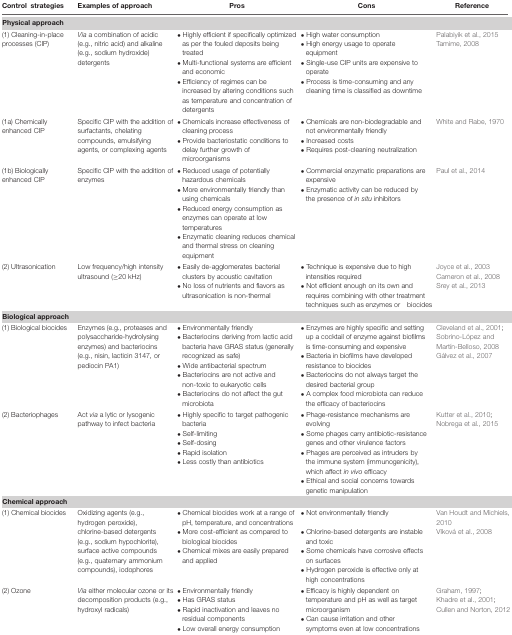
<table><thead><tr><td><b>Control strategies</b></td><td><b>Examples of approach</b></td><td><b>Pros</b></td><td><b>Cons</b></td><td><b>Reference</b></td></tr></thead><tbody><tr><td colspan="5"><b>Physical approach</b></td></tr><tr><td>(1) Cleaning-in-place processes (CIP)</td><td><i>Via</i> a combination of acidic (e.g., nitric acid) and alkaline (e.g., sodium hydroxide) detergents</td><td>• Highly efficient if specifically optimized as per the fouled deposits being treated• Multi-functional systems are efficient and economic• Efficiency of regimes can be increased by altering conditions such as temperature and concentration of detergents</td><td>• High water consumption• High energy usage to operate equipment• Single-use CIP units are expensive to operate• Process is time-consuming and any cleaning time is classified as downtime</td><td>Palabiyik et al., 2015Tamime, 2008</td></tr><tr><td>(1a) Chemically enhanced CIP</td><td>Specific CIP with the addition of surfactants, chelating compounds, emulsifying agents, or complexing agents</td><td>• Chemicals increase effectiveness of cleaning process• Provide bacteriostatic conditions to delay further growth of microorganisms</td><td>• Chemicals are non-biodegradable and not environmentally friendly• Increased costs• Requires post-cleaning neutralization</td><td>White and Rabe, 1970</td></tr><tr><td>(1b) Biologically enhanced CIP</td><td>Specific CIP with the addition of enzymes</td><td>• Reduced usage of potentially hazardous chemicals• More environmentally friendly than using chemicals• Reduced energy consumption as enzymes can operate at low temperatures• Enzymatic cleaning reduces chemical and thermal stress on cleaning equipment</td><td>• Commercial enzymatic preparations are expensive• Enzymatic activity can be reduced by the presence of <i>in situ</i> inhibitors</td><td>Paul et al., 2014</td></tr><tr><td>(2) Ultrasonication</td><td>Low frequency/high intensity ultrasound (≥20 kHz)</td><td>• Easily de-agglomerates bacterial clusters by acoustic cavitation• No loss of nutrients and flavors as ultrasonication is non-thermal</td><td>• Technique is expensive due to high intensities required• Not efficient enough on its own and requires combining with other treatment techniques such as enzymes or biocides</td><td>Joyce et al., 2003Cameron et al., 2008Srey et al., 2013</td></tr><tr><td colspan="5"><b>Biological approach</b></td></tr><tr><td>(1) Biological biocides</td><td>Enzymes (e.g., proteases and polysaccharide-hydrolysing enzymes) and bacteriocins (e.g., nisin, lacticin 3147, or pediocin PA1)</td><td>• Environmentally friendly• Bacteriocins deriving from lactic acid bacteria have GRAS status (generally recognized as safe)• Wide antibacterial spectrum• Bacteriocins are not active and non-toxic to eukaryotic cells• Bacteriocins do not affect the gut microbiota</td><td>• Enzymes are highly specific and setting up a cocktail of enzyme against biofilms is time-consuming and expensive• Bacteria in biofilms have developed resistance to biocides• Bacteriocins do not always target the desired bacterial group• A complex food microbiota can reduce the efficacy of bacteriocins</td><td>Cleveland et al., 2001; Sobrino-López and Martín-Belloso, 2008Gálvez et al., 2007</td></tr><tr><td>(2) Bacteriophages</td><td>Act <i>via</i> a lytic or lysogenic pathway to infect bacteria</td><td>• Highly specific to target pathogenic bacteria• Self-limiting• Self-dosing• Rapid isolation• Less costly than antibiotics</td><td>• Phage-resistance mechanisms are evolving• Some phages carry antibiotic-resistance genes and other virulence factors• Phages are perceived as intruders by the immune system (immunogenicity), which affect <i>in vivo</i> efficacy • Ethical and social concerns towards genetic manipulation</td><td>Kutter et al., 2010;Nobrega et al., 2015</td></tr><tr><td colspan="5"><b>Chemical approach</b></td></tr><tr><td>(1) Chemical biocides</td><td>Oxidizing agents (e.g., hydrogen peroxide), chlorine-based detergents (e.g., sodium hypochlorite), surface active compounds (e.g., quaternary ammonium compounds), iodophores</td><td>• Chemical biocides work at a range of pH, temperature, and concentrations• More cost-efficient as compared to biological biocides• Chemical mixes are easily prepared and applied</td><td>• Not environmentally friendly• Chlorine-based detergents are instable and toxic• Some chemicals have corrosive effects on surfaces• Hydrogen peroxide is effective only at high concentrations</td><td>Van Houdt and Michiels, 2010Vlková et al., 2008</td></tr><tr><td>(2) Ozone</td><td><i>Via</i> either molecular ozone or its decomposition products (e.g., hydroxyl radicals)</td><td>• Environmentally friendly• Has GRAS status• Rapid inactivation and leaves no residual components• Low overall energy consumption</td><td>• Efficacy is highly dependent on temperature and pH as well as target microorganism• Can cause irritation and other symptoms even at low concentrations</td><td>Graham, 1997;Khadre et al., 2001; Cullen and Norton, 2012</td></tr></tbody></table>